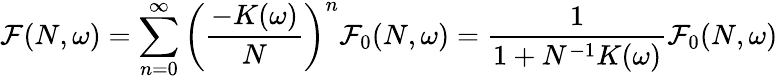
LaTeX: {\cal F}(N,\omega)=\sum_{n=0}^{\infty}\left(\frac{-K(\omega)}{N}\right)^{n}{\cal F}_{0}(N,\omega)=\frac{1}{1+N^{-1}K(\omega)}{\cal F}_{0}(N,\omega)